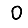
Digit: 0